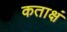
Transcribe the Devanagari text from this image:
कताक्षं